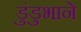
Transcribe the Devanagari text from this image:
डुंडुभाने